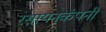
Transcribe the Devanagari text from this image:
रसायनकंपनी